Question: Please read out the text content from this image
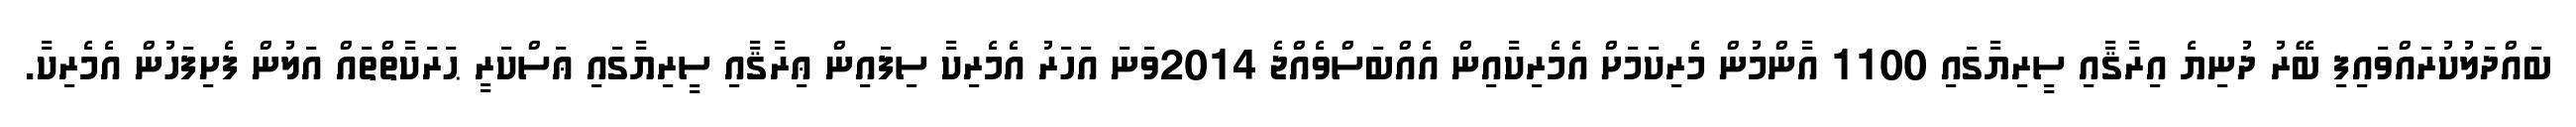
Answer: ބައްދަލުކުރައްވައިފި ބޭރު ދުނިޔެ އިރާޤާއި ސީރިޔާގައި 1100 އާންމުން މެރިކަމަށް އެމެރިކާއިން އެއްބަސްވެއްޖެ 2014ވަނަ އަހަރު އެމެރިކާ ސިފައިން ޢިރާޤާއި ސީރިޔާގައި ޢަސްކަރީ ޙަރަކާތްތައް އަލުން ފެށިފަހުން އެމެރިކާ.